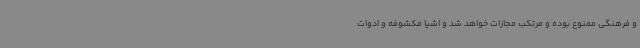
و فرهنگی ممنوع بوده و مرتکب مجازات خواهد شد و اشیا مکشوفه و ادوات